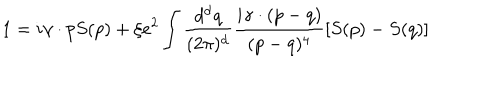
1 = i \gamma \cdot p S ( p ) + \xi e ^ { 2 } \int \frac { d ^ { \mathrm { d } } q } { ( 2 \pi ) ^ { \mathrm { d } } } \frac { i \gamma \cdot ( p - q ) } { ( p - q ) ^ { 4 } } \left[ S ( p ) - S ( q ) \right]